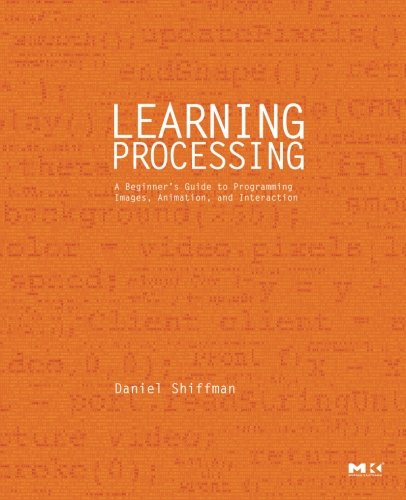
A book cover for Learning Processing: A Beginner's Guide to Programming Images, Animation, and Interaction (Morgan Kaufmann Series in Computer Graphics); Daniel Shiffman; Computers & Technology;